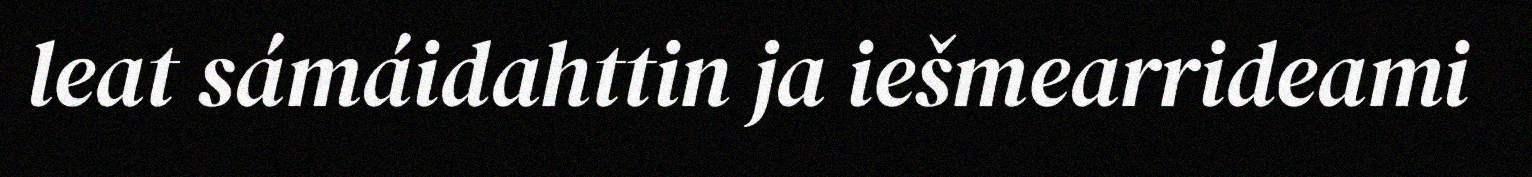
leat sámáidahttin ja iešmearrideami